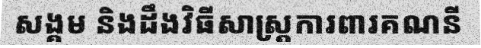
សង្គម និងដឹងវិធីសាស្ត្រការពារគណនី